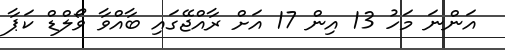
އަންނަ މަހު 13 އިން 17 އަށް ރާއްޖޭގައި ބާއްވާ ވޯލްޑް ކަޕާ